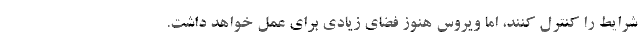
شرایط را کنترل کنند، اما ویروس هنوز فضای زیادی برای عمل خواهد داشت.